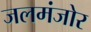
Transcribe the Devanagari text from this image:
जलमंजोर